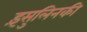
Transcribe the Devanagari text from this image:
इंसुलिनकी